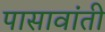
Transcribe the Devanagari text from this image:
पासावांती